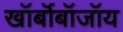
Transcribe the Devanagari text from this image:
खॉर्बॉबॉजॉय